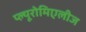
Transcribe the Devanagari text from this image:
प्ल्यूरोमिएलीज